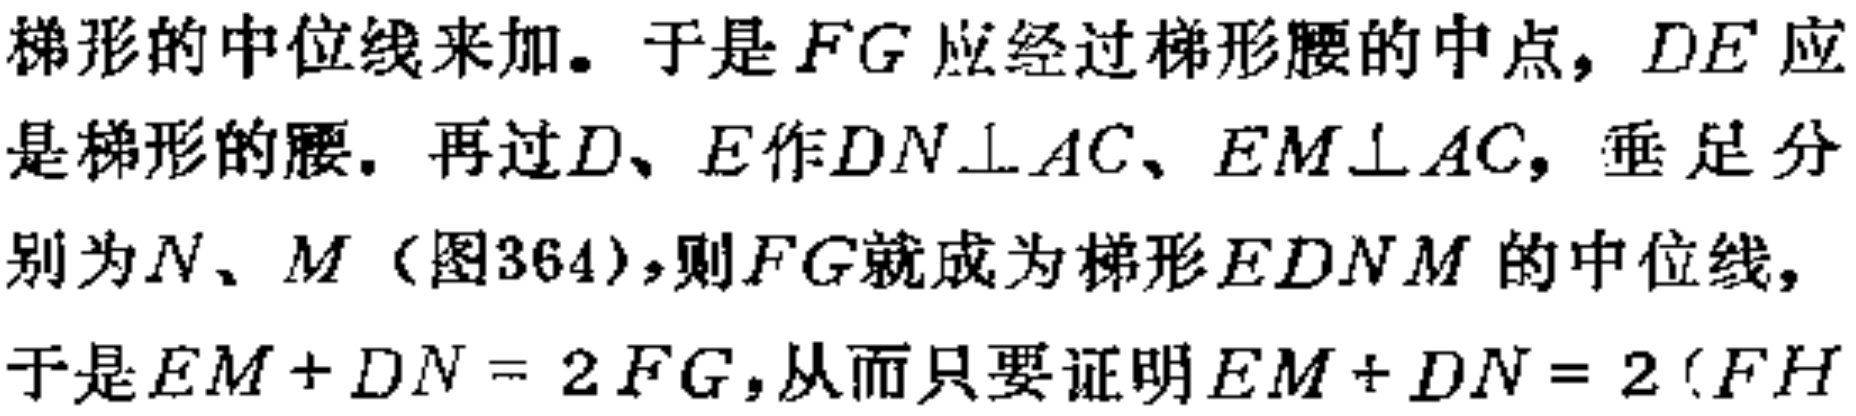
梯形的中位线来加。于是\(FG\)应经过梯形腰的中点，\(DE\)应是梯形的腰。再过\(D、E\)作\(DN\perp AC、EM\perp AC\)，垂足分别为\(N、M\)（图364），则\(FG\)就成为梯形\(EDNM\)的中位线，于是\(EM + DN = 2FG\)，从而只要证明\(EM + DN = 2(FH\)